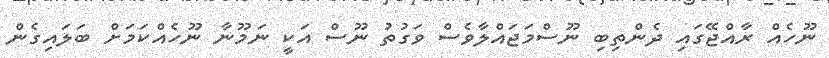
ނޫހެއް ރާއްޖޭގައި ދެންތިބި ނޫސްމަޖައްލާވެސް ވަގުތު ނޫސް އަކީ ނަމޫނާ ނޫހެއްކަމަށް ބަލައިގެން